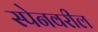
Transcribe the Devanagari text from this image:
स्पेनवरील